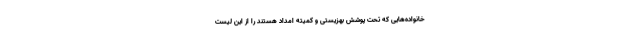
خانواده‌هایی که تحت پوشش بهزیستی و کمیته امداد هستند را از این لیست